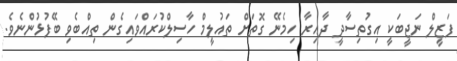
ފަޒީލް ނަޖީބަކީ އިގުތިސާދީ ދާއިރާ ހިމެނޭ ގޮތަށް ތައުލީމް ހާސިލްކުރައްވައިގެން ތިއްބެވި ބޭފުޅުންނެވެ.